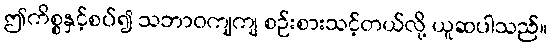
ဤကိစ္စနှင့်စပ်၍ သဘာဝကျကျ စဉ်းစားသင့်တယ်လို့ ယူဆပါသည်။